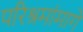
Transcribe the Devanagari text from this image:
परिश्रमांमागे